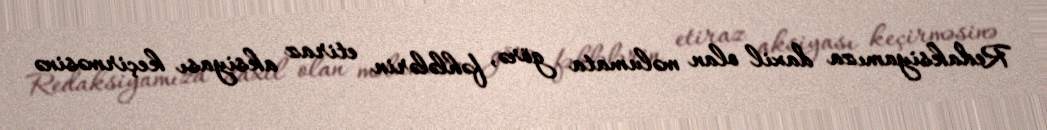
Redaksiyamıza daxil olan məlumata görə, fəhlələrin etiraz aksiyası keçirməsinə